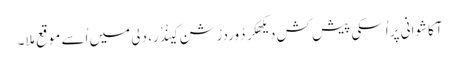
آکاشوانی پر اُسکی پیش کش دیکھکر دُوردرْشن کینْدْر، دلی میں اُسے موقع مِلا۔